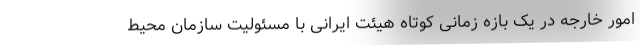
امور خارجه در یک بازه زمانی کوتاه هیئت ایرانی با مسئولیت سازمان محیط